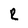
Character: R